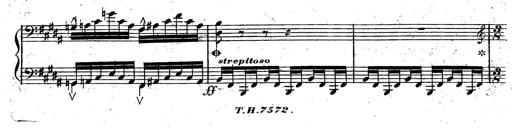
Title: Rondeau fantastique sur un thÃ¨me espagnol
Composer: Franz Liszt